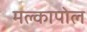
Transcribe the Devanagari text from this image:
मल्कापोल